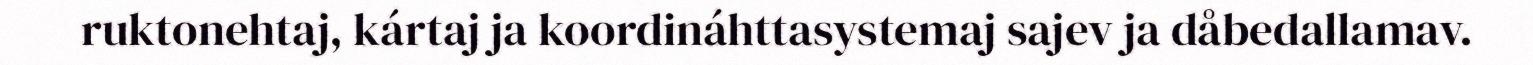
ruktonehtaj, kártaj ja koordináhttasystemaj sajev ja dåbedallamav.